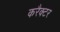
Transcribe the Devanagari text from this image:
करैक्टर